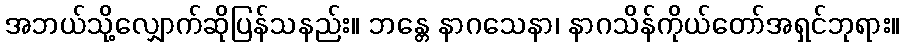
အဘယ်သို့လျှောက်ဆိုပြန်သနည်း။ ဘန္တေ နာဂသေနာ၊ နာဂသိန်ကိုယ်တော်အရှင်ဘုရား။